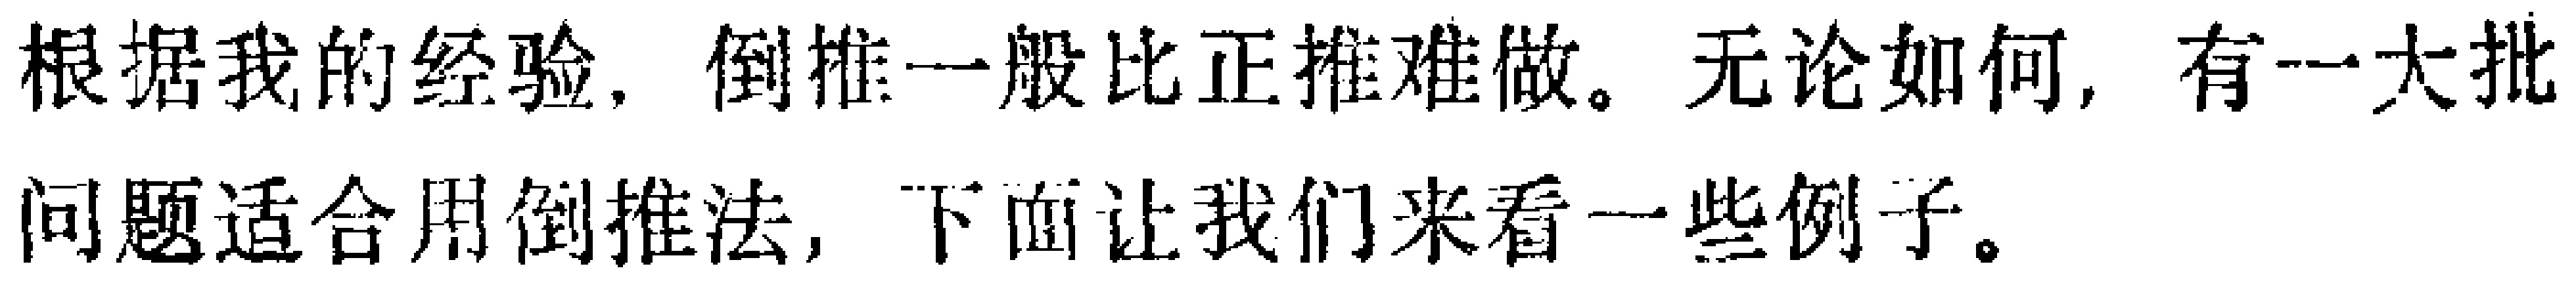
根据我的经验，倒推一般比正推难做。无论如何，有一大批问题适合用倒推法，下面让我们来看一些例子。